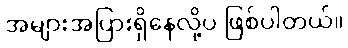
အများအပြားရှိနေလို့ပဲ ဖြစ်ပါတယ်။